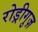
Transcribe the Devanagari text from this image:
रोड्रीगुज़